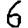
Digit: 6